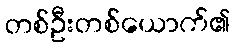
တစ်ဦးတစ်ယောက်၏